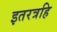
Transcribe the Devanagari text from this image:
इतरत्रहि